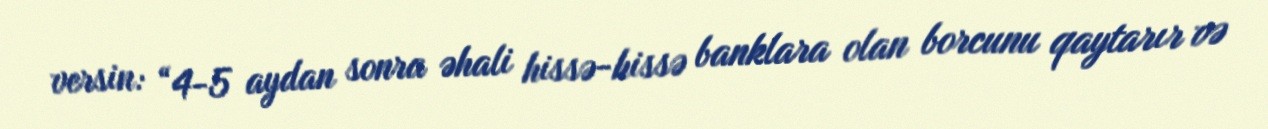
versin: “4-5 aydan sonra əhali hissə-hissə banklara olan borcunu qaytarır və